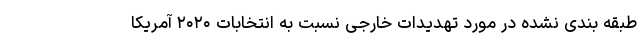
طبقه بندی نشده در مورد تهدیدات خارجی نسبت به انتخابات ۲۰۲۰ آمریکا